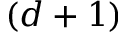
( d + 1 )